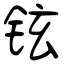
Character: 铉